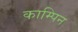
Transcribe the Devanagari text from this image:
काम्पिन